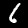
Digit: 6